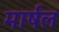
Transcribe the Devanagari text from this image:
मार्षल